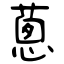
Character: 蔥